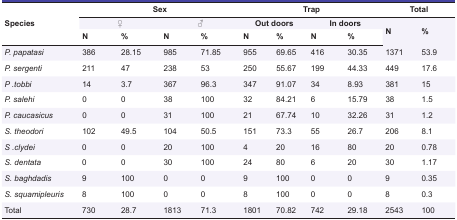
| <ROWSPAN=3> Species | <COLSPAN=4> Sex | <COLSPAN=4> Trap | <COLSPAN=2> Total |
 | <COLSPAN=2> ♀ | <COLSPAN=2> ♂ | <COLSPAN=2> Out doors | <COLSPAN=2> In doors | <ROWSPAN=2> N | <ROWSPAN=2> % |
 | N | % | N | % | N | % | N | % |
 | --- | --- | --- | --- | --- | --- | --- | --- | --- | --- | --- |
 | P. papatasi | 386 | 28.15 | 985 | 71.85 | 955 | 69.65 | 416 | 30.35 | 1371 | 53.9 |
 | P. sergenti | 211 | 47 | 238 | 53 | 250 | 55.67 | 199 | 44.33 | 449 | 17.6 |
 | P .tobbi | 14 | 3.7 | 367 | 96.3 | 347 | 91.07 | 34 | 8.93 | 381 | 15 |
 | P. salehi | 0 | 0 | 38 | 100 | 32 | 84.21 | 6 | 15.79 | 38 | 1.5 |
 | P. caucasicus | 0 | 0 | 31 | 100 | 21 | 67.74 | 10 | 32.26 | 31 | 1.2 |
 | S. theodori | 102 | 49.5 | 104 | 50.5 | 151 | 73.3 | 55 | 26.7 | 206 | 8.1 |
 | S .clydei | 0 | 0 | 20 | 100 | 4 | 20 | 16 | 80 | 20 | 0.78 |
 | S. dentata | 0 | 0 | 30 | 100 | 24 | 80 | 6 | 20 | 30 | 1.17 |
 | S. baghdadis | 9 | 100 | 0 | 0 | 9 | 100 | 0 | 0 | 9 | 0.35 |
 | S. squamipleuris | 8 | 100 | 0 | 0 | 8 | 100 | 0 | 0 | 8 | 0.3 |
 | Total | 730 | 28.7 | 1813 | 71.3 | 1801 | 70.82 | 742 | 29.18 | 2543 | 100 |